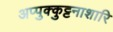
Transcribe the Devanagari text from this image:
अप्पुक्कुट्टनाशारि